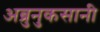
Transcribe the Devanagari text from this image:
अब्रुनुकसानी